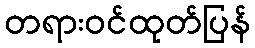
တရားဝင်ထုတ်ပြန်